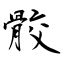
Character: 骹